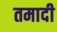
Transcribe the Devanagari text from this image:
तमादी